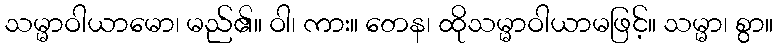
သမ္မာဝါယာမော၊ မည်၏။ ဝါ၊ ကား။ တေန၊ ထိုသမ္မာဝါယာမဖြင့်။ သမ္မာ၊ စွာ။